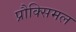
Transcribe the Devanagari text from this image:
प्रौक्सिमल